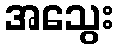
အသွေး